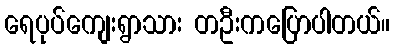
ရေပုပ်ကျေးရွာသား တဦးကပြောပါတယ်။